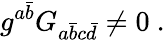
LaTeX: g^{a{\bar{b}}}G_{a{\bar{b}}c{\bar{d}}}\ne 0\ .